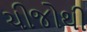
ચીજોથી